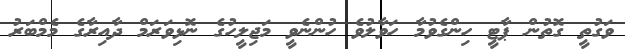
ވަގުތީ ގޮތުން ޕާޓީ ހިންގެވުމާ ހަވާލުވެ ހުންނެވީ މަޖިލީހުގެ ނޮޅިވަރަމް ދާއިރާގެ މެމްބަރު